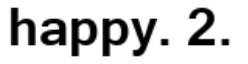
happy. 2.